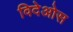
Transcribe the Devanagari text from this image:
विदेओस